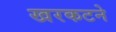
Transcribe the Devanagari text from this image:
खरकटने